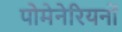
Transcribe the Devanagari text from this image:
पोमेनेरियनों